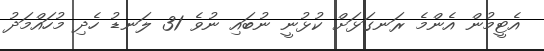
އެޓީމުން އެންމެ ރަނގަޅަށް ކުޅުނީ ނުބައި ނުވެ 31 ލަނޑު ހެދި މުހައްމަދު